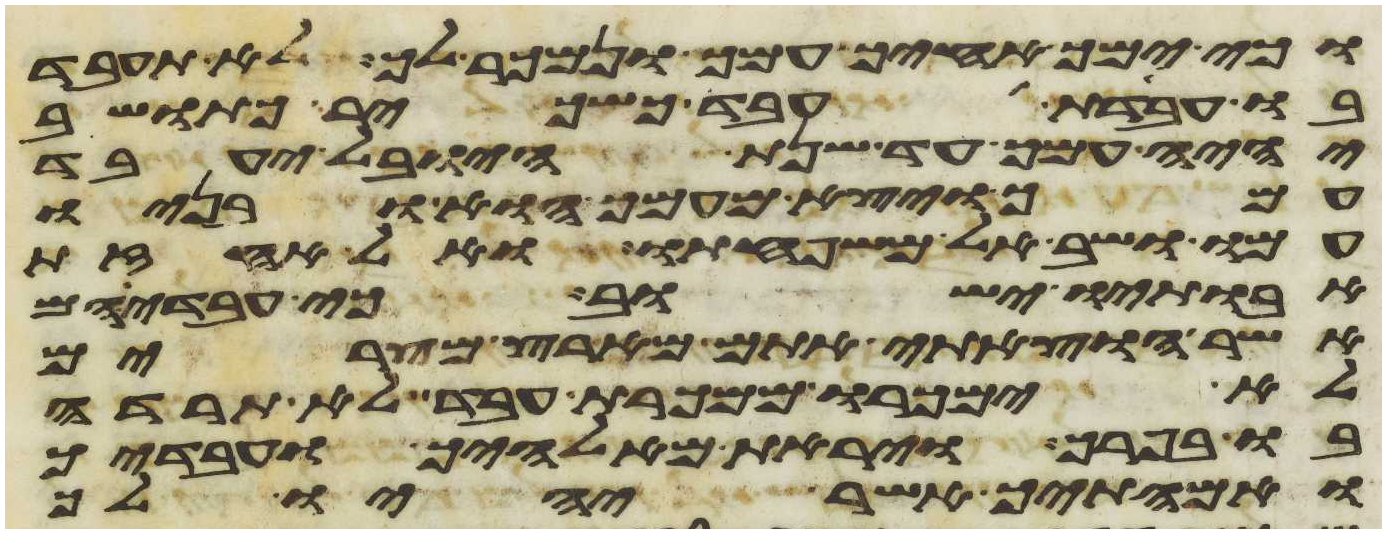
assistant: וכי ימך אחיך עמך ונמכר לך לא תעבד
בו עבדת עבד כשכיר כתושב
יהיה עמך עד שנת היובל יעבד
עמך ויצא מעמך הוא ובניו
עמו ושב אל משפחתו ואל אחזת
אבתיו ישוב כי עבדיהם
אשר הוצאתי אתם מארץ מצרים
לא ימכרו ממכרת עבד לא תרדה
בו בפרך ויראת מאלהיך ועבדיך
ואמתיך אשר יהיו לך